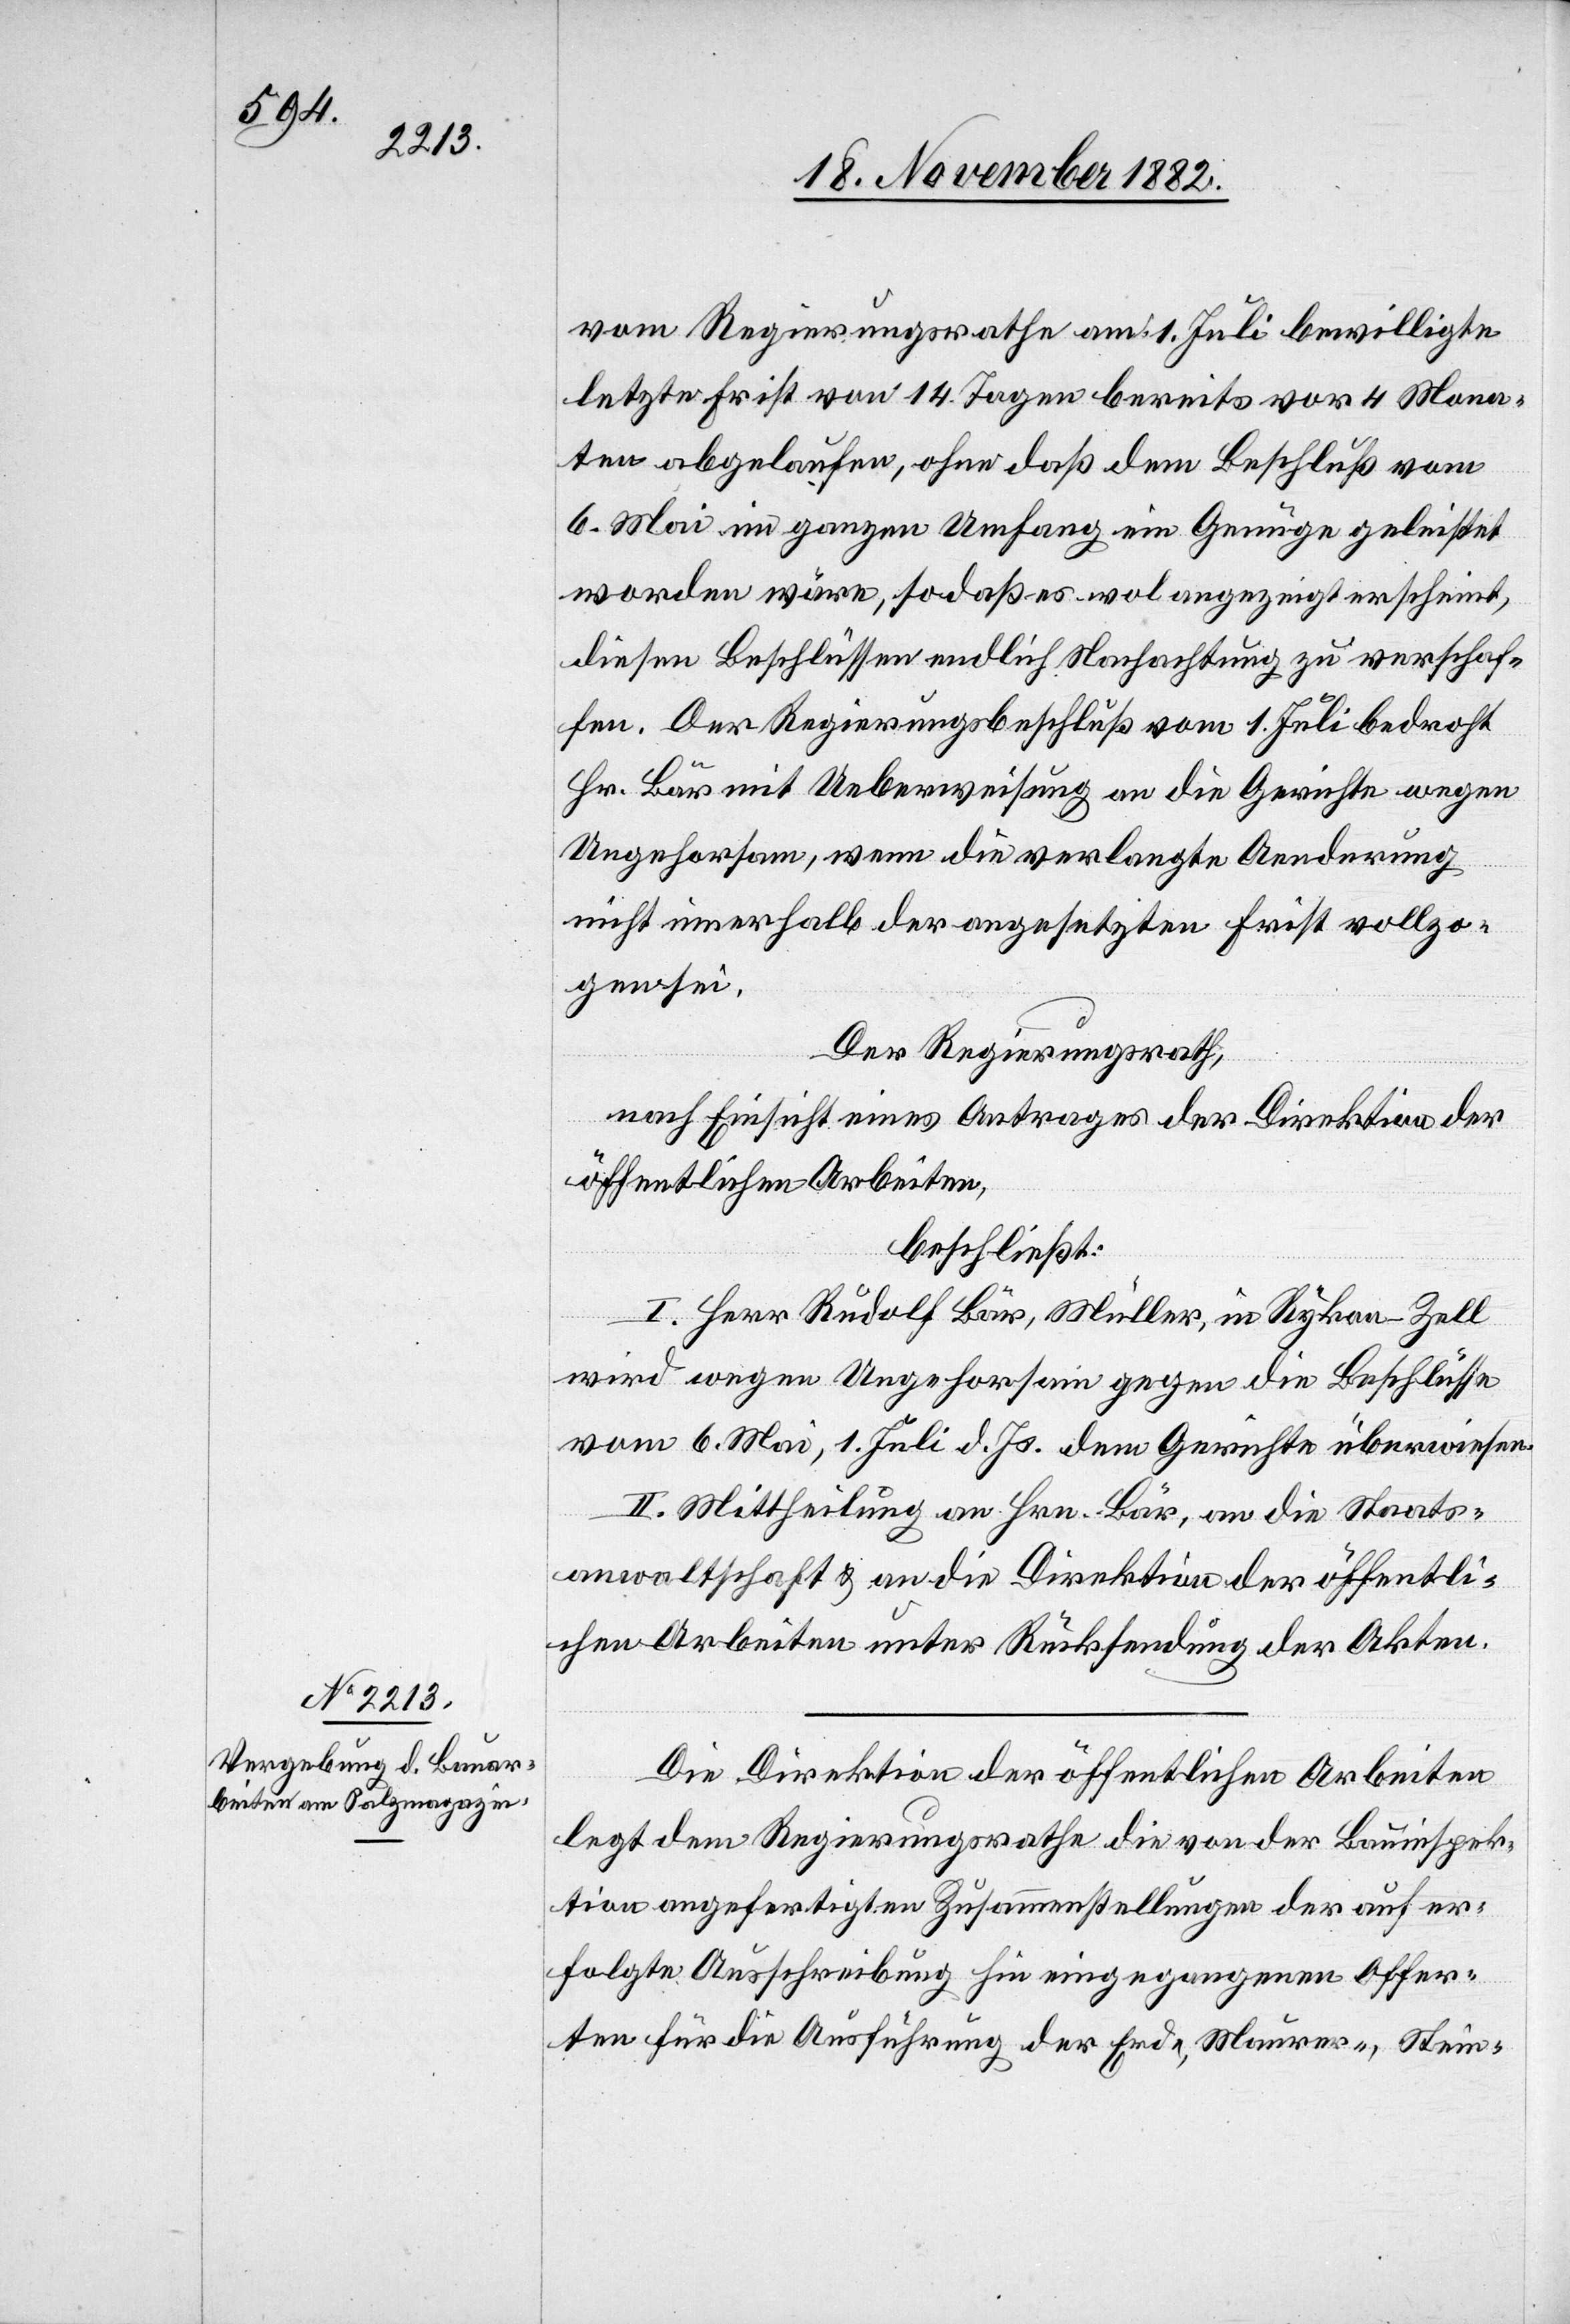
vom Regierungsrathe am 1. Juli bewilligte
letzte Frist von 14. Tagen bereits vor 4 Mona¬
ten abgelaufen, ohne daß dem Beschluß vom
6. Mai im ganzen Umfang ein Genüge geleistet
worden wäre, so daß es wol angezeigt erscheint,
diesen Beschlüssen endlich Nachachtung zu verschaf¬
fen. Der Regierungsbeschluß vom 1. Juli bedroht
Hr. Bär mit Ueberweisung an die Gerichte wegen
Ungehorsam, wenn die verlangte Aenderung
nicht innerhalb der angesetzten Frist vollzo¬
gen sei.
Der Regierungsrath,
nach Einsicht eines Antrages der Direktion der
öffentlichen Arbeiten,
beschließt:
I. Herr Rudolf Bär, Müller, in Rykon - Zell
wird wegen Ungehorsam gegen die Beschlüsse
vom 6. Mai, 1. Juli d. Js. dem Gerichte überwiesen.
II. Mittheilung an Hrn. Bär, an die Staats¬
anwaltschaft & an die Direktion der öffentli¬
chen Arbeiten unter Rücksendung der Akten.
Die Direktion der öffentlichen Arbeiten
legt dem Regierungsrath die von der Bauinspek¬
tion angefertigten Zusammenstellungen der auf er¬
folgte Ausschreibung hin eigegangenen Offer¬
ten für die Ausführung der Erd-, Maurer-, Stein-